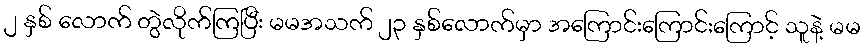
၂ နှစ် လောက် တွဲလိုက်ကြပြီး မမအသက် ၂၃ နှစ်လောက်မှာ အကြောင်းကြောင်းကြောင့် သူနဲ့ မမ